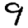
Digit: 9